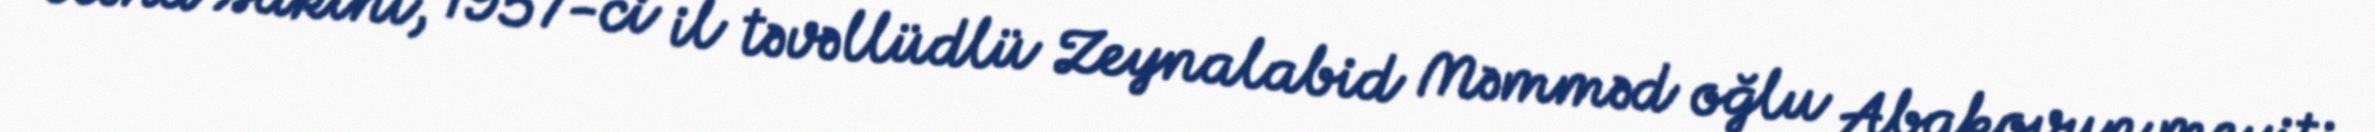
Kənd sakini, 1957-ci il təvəllüdlü Zeynalabid Məmməd oğlu Abakovun meyiti